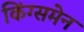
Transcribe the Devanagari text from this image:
किंग्समेन